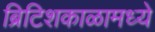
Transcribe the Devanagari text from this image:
ब्रिटिशकाळामध्ये